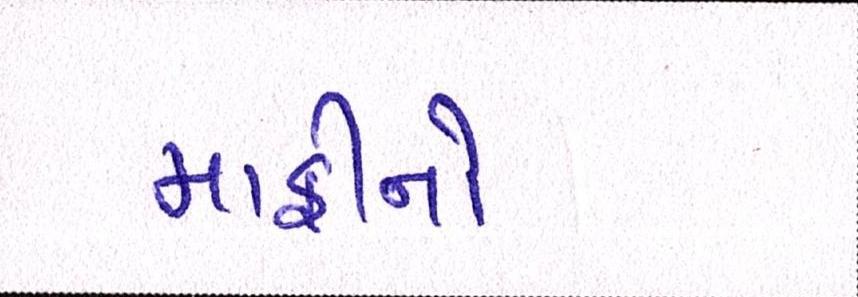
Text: માફીનો